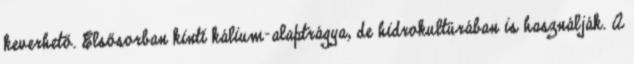
keverhető. Elsősorban kinti kálium-alaptrágya, de hidrokultúrában is használják. A